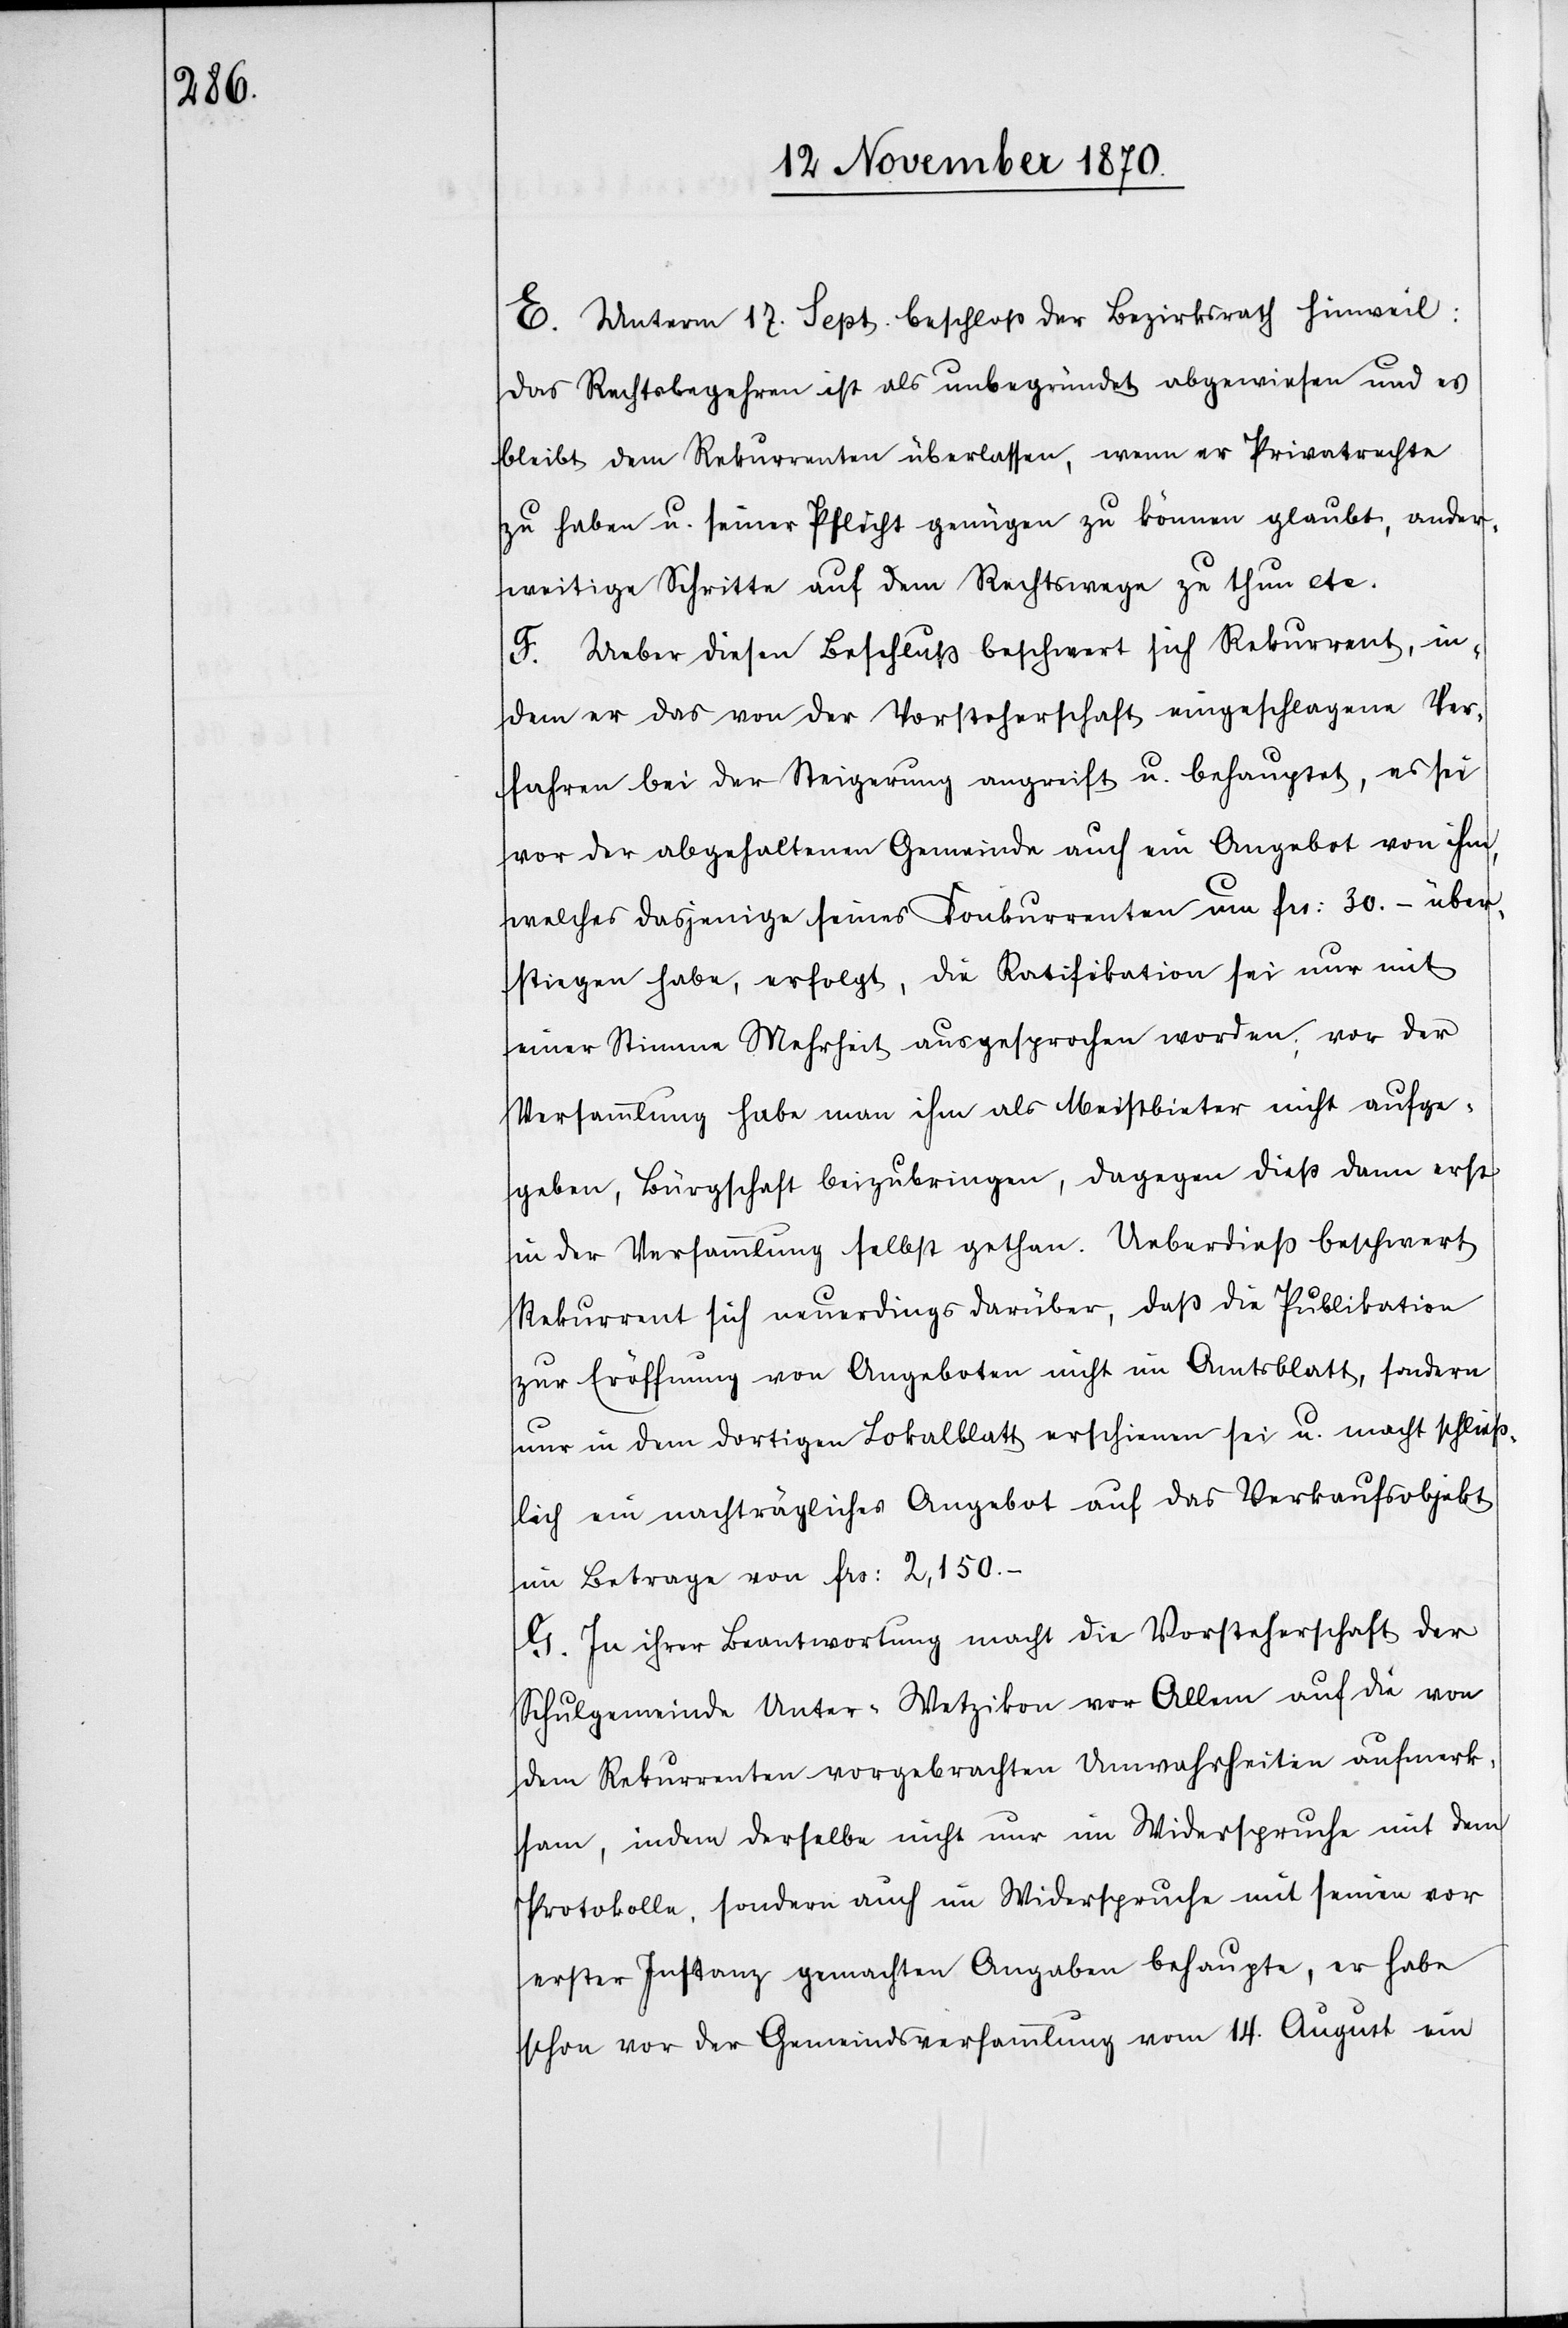
E. Unterm 17. Sept. beschloß der Bezirksrath Hinweil:
Das Rechtsbegehren ist als unbegründet abgewiesen und es
bleibt dem Rekurrenten überlassen, wenn er Privatrechte
zu haben u. seiner Pflicht genügen zu können glaubt, ander¬
weitige Schritte auf dem Rechtswege zu thun etc.
F. Ueber diesen Beschluß beschwert sich Rekurrent, in¬
dem er das von der Vorsteherschaft eingeschlagene Ver¬
fahren bei der Steigerung angreift u. behauptet, es sei
vor der abgehaltenen Gemeinde auch ein Angebot von ihm,
welches dasjenige seines Konkurrenten um Frs: 30.– über¬
stiegen habe, erfolgt, die Ratifikation sei nur mit
einer Stimme Mehrheit ausgesprochen worden; vor der
Versammlung habe man ihm als Meistbieter nicht aufge¬
geben, Bürgschaft beizubringen, dagegen dieß dann erst
in der Versammlung selbst gethan. Ueberdieß beschwert
Rekurrent sich neuerdings darüber, daß die Publikation
zur Eröffnung von Angeboten nicht im Amtsblatt, sondern
nur in dem dortigen Lokalblatt erschienen sei u. macht schließ¬
lich ein nachträgliches Angebot auf das Verkaufsobjekt
im Betrage von Frs: 2,150.–
G. In ihrer Beantwortung macht die Vorsteherschaft der
Schulgemeinde Unter-Wetzikon vor Allem auf die von
dem Rekurrenten vorgebrachten Unwahrheiten aufmerk¬
sam, indem derselbe nicht nur im Widerspruche mit dem
Protokolle, sondern auch im Widerspruche mit seinen vor
erster Instanz gemachten Angaben behaupte, er habe
schon vor der Gemeindsversammlung vom 14. August ein